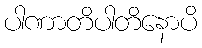
ပါဏာတိပါတိနောပိ